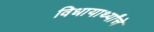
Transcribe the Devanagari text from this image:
विधायार्थ्यांचे